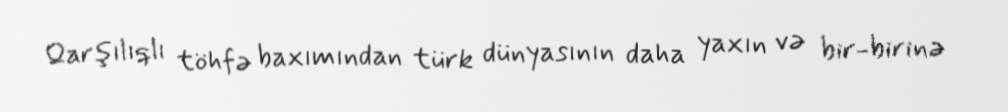
Qarşılıqlı töhfə baxımından türk dünyasının daha yaxın və bir-birinə